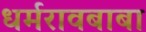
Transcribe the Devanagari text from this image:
धर्मरावबाबा